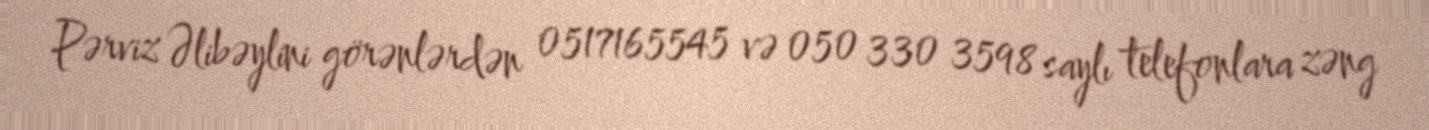
Pərviz Əlibəylini görənlərdən 0517165545 və 050 330 3598 saylı telefonlara zəng